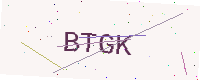
Text: BTGK